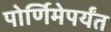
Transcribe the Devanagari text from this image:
पोर्णिमेपर्यंत